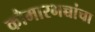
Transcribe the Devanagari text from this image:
कौमारभच्चांचा